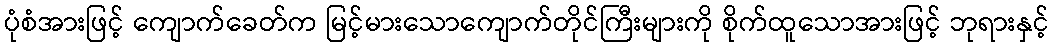
ပုံစံအားဖြင့် ကျောက်ခေတ်က မြင့်မားသောကျောက်တိုင်ကြီးများကို စိုက်ထူသောအားဖြင့် ဘုရားနှင့်